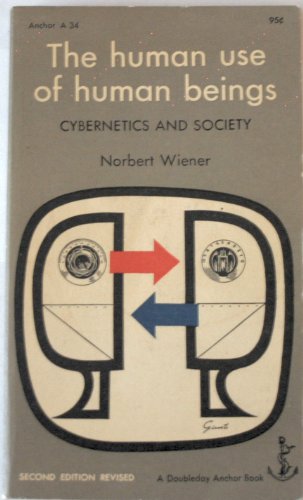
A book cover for The Human Use of Human Beings: Cybernetics and Society; Norbert Wiener; Computers & Technology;